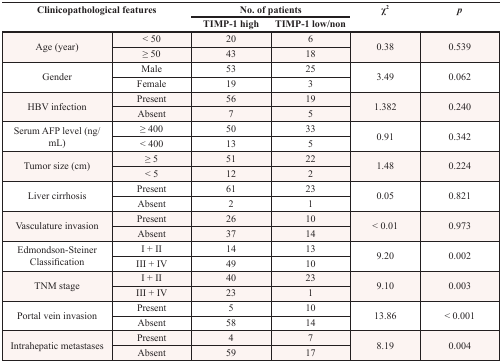
| <ROWSPAN=2-COLSPAN=2> Clinicopathological features | <COLSPAN=2> No. of patients | <ROWSPAN=2> χ2 | <ROWSPAN=2> p |
 | TIMP-1 high | TIMP-1 low/non |
 | --- | --- | --- | --- | --- | --- |
 | <ROWSPAN=2> Age (year) | < 50 | 20 | 6 | <ROWSPAN=2> 0.38 | <ROWSPAN=2> 0.539 |
 | ≥ 50 | 43 | 18 |
 | <ROWSPAN=2> Gender | Male | 53 | 25 | <ROWSPAN=2> 3.49 | <ROWSPAN=2> 0.062 |
 | Female | 19 | 3 |
 | <ROWSPAN=2> HBV infection | Present | 56 | 19 | <ROWSPAN=2> 1.382 | <ROWSPAN=2> 0.240 |
 | Absent | 7 | 5 |
 | <ROWSPAN=2> Serum AFP level (ng/mL) | ≥ 400 | 50 | 33 | <ROWSPAN=2> 0.91 | <ROWSPAN=2> 0.342 |
 | < 400 | 13 | 5 |
 | <ROWSPAN=2> Tumor size (cm) | ≥ 5 | 51 | 22 | <ROWSPAN=2> 1.48 | <ROWSPAN=2> 0.224 |
 | < 5 | 12 | 2 |
 | <ROWSPAN=2> Liver cirrhosis | Present | 61 | 23 | <ROWSPAN=2> 0.05 | <ROWSPAN=2> 0.821 |
 | Absent | 2 | 1 |
 | <ROWSPAN=2> Vasculature invasion | Present | 26 | 10 | <ROWSPAN=2> < 0.01 | <ROWSPAN=2> 0.973 |
 | Absent | 37 | 14 |
 | <ROWSPAN=2> Edmondson-Steiner Classification | I + II | 14 | 13 | <ROWSPAN=2> 9.20 | <ROWSPAN=2> 0.002 |
 | III + IV | 49 | 10 |
 | <ROWSPAN=2> TNM stage | I + II | 40 | 23 | <ROWSPAN=2> 9.10 | <ROWSPAN=2> 0.003 |
 | III + IV | 23 | 1 |
 | <ROWSPAN=2> Portal vein invasion | Present | 5 | 10 | <ROWSPAN=2> 13.86 | <ROWSPAN=2> < 0.001 |
 | Absent | 58 | 14 |
 | <ROWSPAN=2> Intrahepatic metastases | Present | 4 | 7 | <ROWSPAN=2> 8.19 | <ROWSPAN=2> 0.004 |
 | Absent | 59 | 17 |